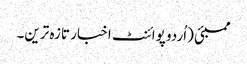
ممبئی (اُردو پوائنٹ اخبار تازہ ترین۔